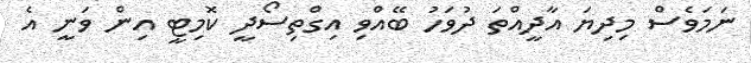
ނަމަވެސް މިދިޔަ އާދީއްތަ ދުވަހު ބޭއްވި އިގްތިސޯދީ ކޮމިޓީ އިން ވަނީ އެ